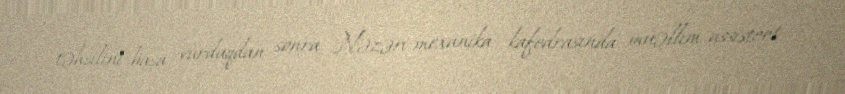
təhsilini başa vurduqdan sonra Nəzəri mexanika kafedrasında müəllim-assistent